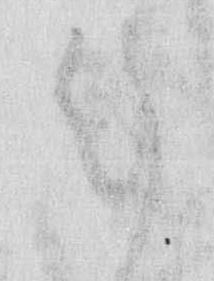
乍